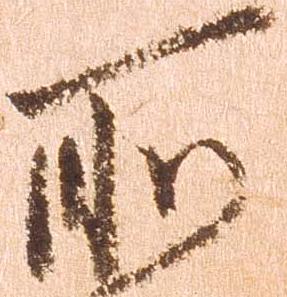
所